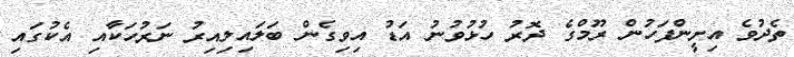
ތެދުވެ އިށީންފަހުން ރޫމްގެ ދޮރު ހުޅުވުނު އަޑު އިވިގެން ބަލައިލިއިރު ނަރުހަކާއި އެކުގައި